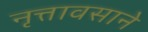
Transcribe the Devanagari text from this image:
नृत्तावसाने